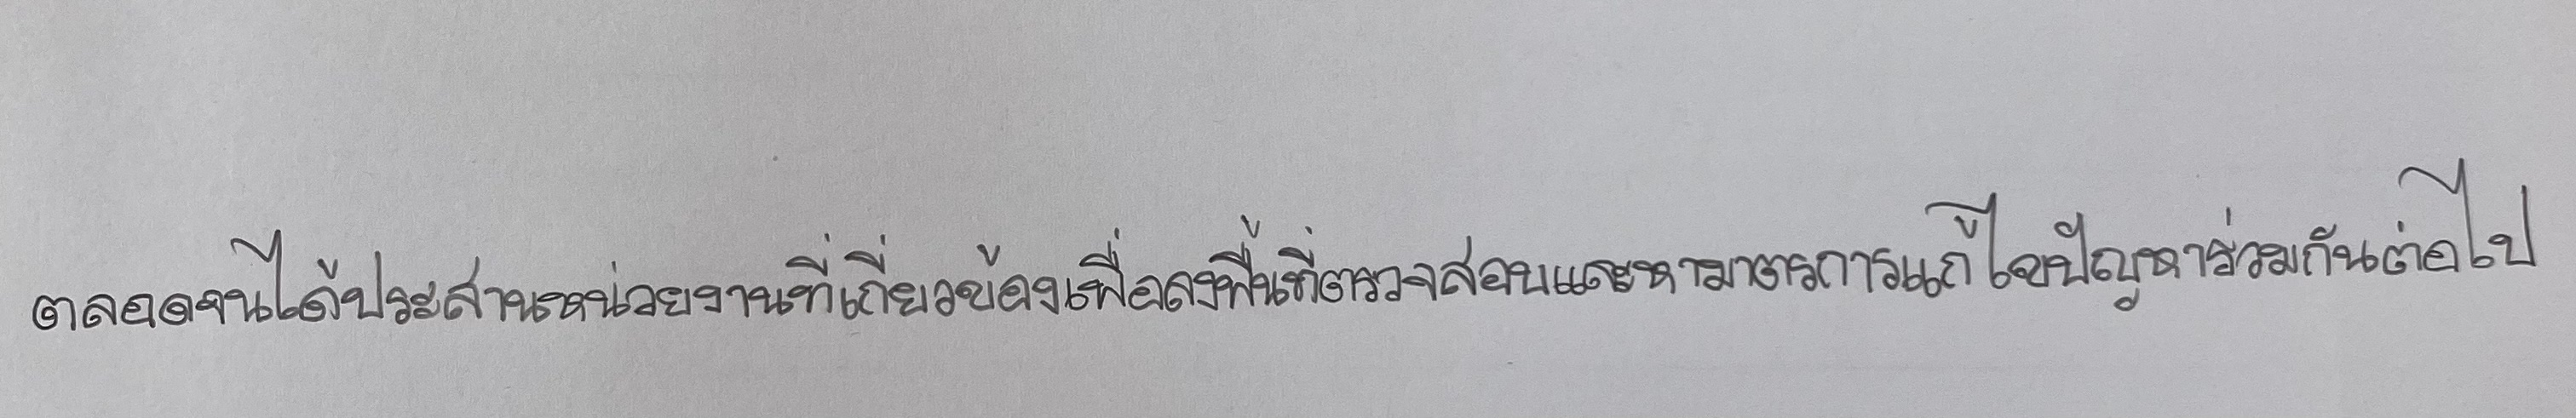
ตลอดจนได้ประสานหน่วยงานที่เกี่ยวข้องเพื่อลงพื้นที่ตรวจสอบและหามาตรการแก้ไขปัญหาร่วมกันต่อไป